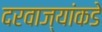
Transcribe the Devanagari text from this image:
दरवाज्यांकडे